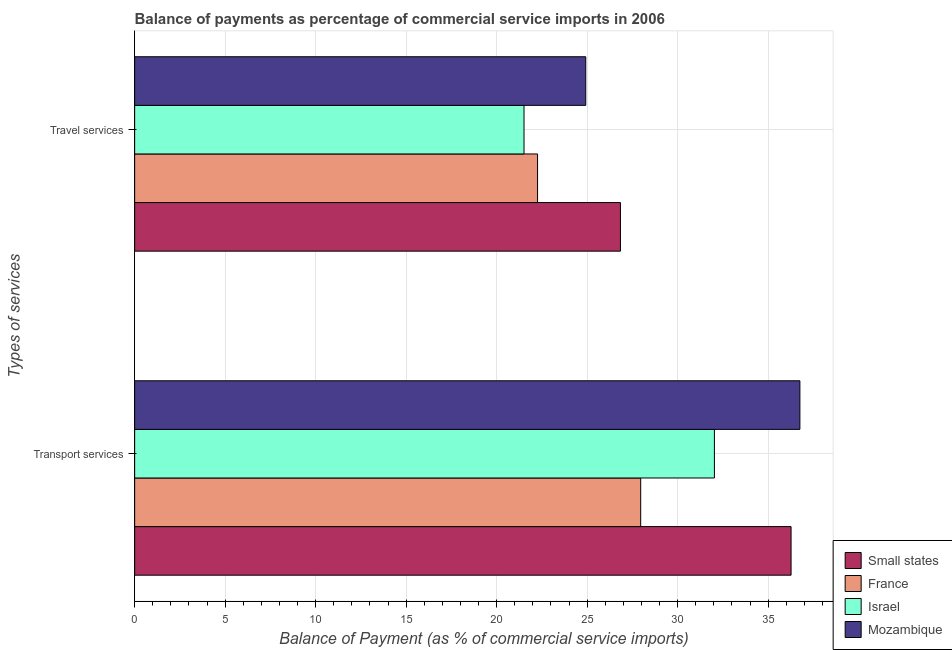
| Types of services | Small states | France | Israel | Mozambique |
 | --- | --- | --- | --- | --- |
 | Transport services | 36.3 | 28 | 32 | 36.8 |
 | Travel services | 26.8 | 22.3 | 21.5 | 24.9 |